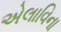
એલાવિના